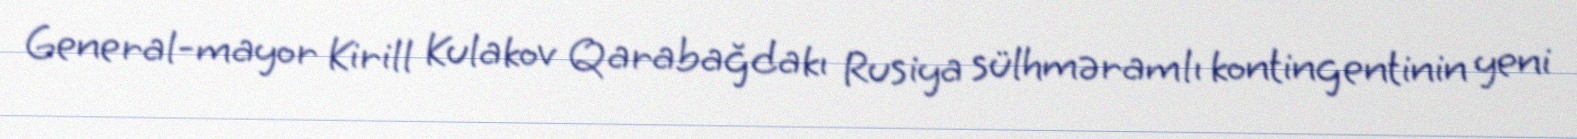
General-mayor Kirill Kulakov Qarabağdakı Rusiya sülhməramlı kontingentinin yeni